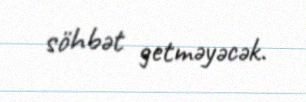
söhbət getməyəcək.